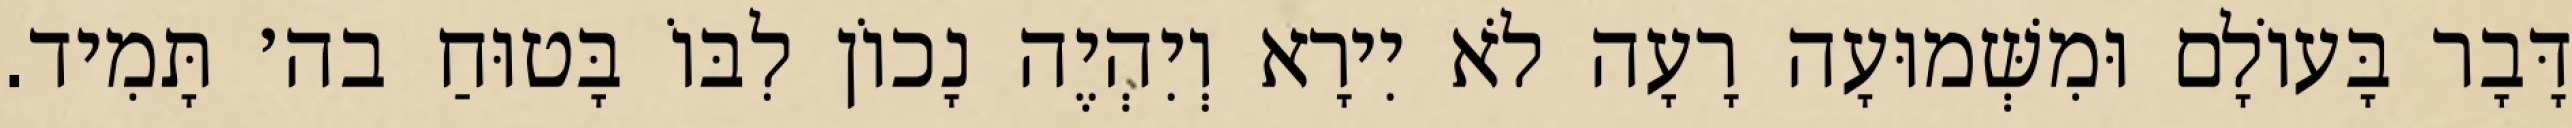
דָּבָר בָּעוֹלָם וּמִשְּׁמוּעָה רָעָה לֹא יִירָא וְיִהְיֶה נָכוֹן לִבּוֹ בָּטוּחַ בה׳ תָּמִיד.